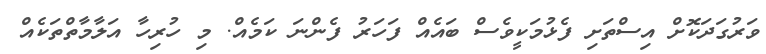
ވަރުގަދަކޮށް އިސްތަށި ފެޅުމަކީވެސް ބައެއް ފަހަރު ފެންނަ ކަމެއް. މި ހުރިހާ އަލާމާތްތަކެއް